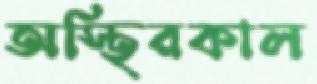
অস্থিরকাল